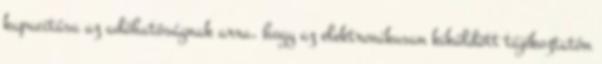
kapacitása az adóhatóságnak arra, hogy az elektronikusan kiküldött tájékoztatón